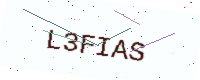
Text: L3FIAS